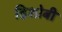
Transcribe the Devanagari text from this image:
हिशोबी